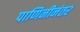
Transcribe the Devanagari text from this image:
पाणिनीनंतर